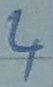
Text: 4